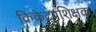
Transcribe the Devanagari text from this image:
क्रिकेटप्रशिक्षक